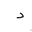
Letter: _dal